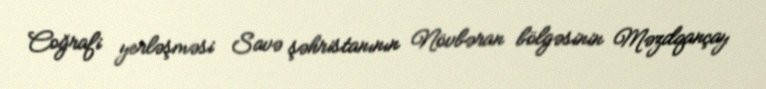
Coğrafi yerləşməsi Savə şəhristanının Növbəran bölgəsinin Məzdqançay